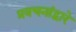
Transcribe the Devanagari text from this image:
प्रवचनांद्वारे